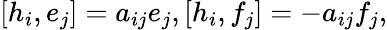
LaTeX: [h_{i},e_{j}]=a_{ij}e_{j},[h_{i},f_{j}]=-a_{ij}f_{j},